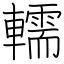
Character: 轜